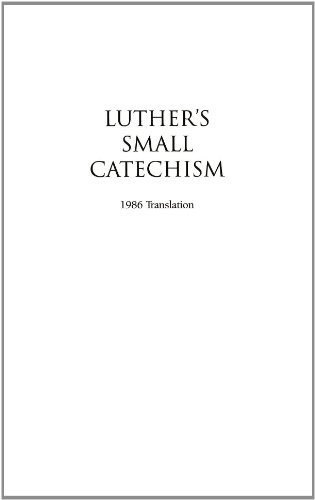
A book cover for Luther's Small Catechism with Explanation, Pack of 12; Luther; Christian Books & Bibles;